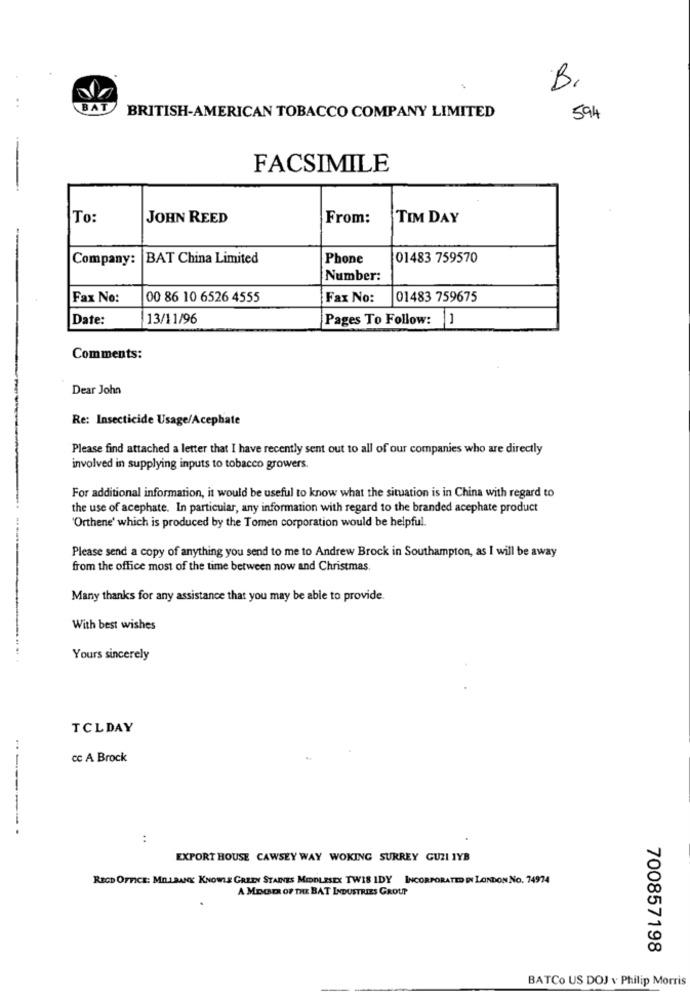
B.
BAT
BRITISH-AMERICAN TOBACCO COMPANY LIMITED
594
FACSIMILE
To:
JOHN REED
From:
TIM DAY
Company:
BAT China Limited
Phone
01483 759570
Number:
Fax No:
00 86 10 6526 4555
Fax No:
01483 759675
Date:
13/11/96
Pages To Follow: 1
Comments:
Dear John
Re: Insecticide Usage/Acephate
Please find attached a letter that I have recently sent out to all of our companies who are directly
involved in supplying inputs to tobacco growers.
For additional information, it would be useful to know what the situation is in China with regard to
the use of acephate. In particular, any information with regard to the branded acephate product
'Orthene' which is produced by the Tomen corporation would be helpful.
Please send a copy of anything you send to me to Andrew Brock in Southampton, as I will be away
from the office most of the time between now and Christmas.
Many thanks for any assistance that you may be able to provide.
With best wishes
Yours sincerely
TCLDAY
cc A Brock
------.
:
EXPORT HOUSE CAWSEY WAY WOKING SURREY GUZI IYB
RECD OFFICE: MILBANK KNOWLE GREEN STAINES MIDDLESEX TWIS IDY INCORPORATED IN LONDON NO. 74974
A MEOP OF THE BAT INDUSTRIES GROUP
700857198
BATCo US DOJ v Philip Morris